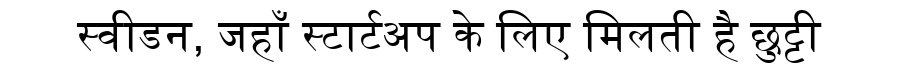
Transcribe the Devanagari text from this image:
स्वीडन, जहाँ स्टार्टअप के लिए मिलती है छुट्टी